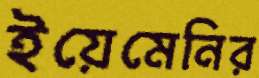
ইয়েমেনির